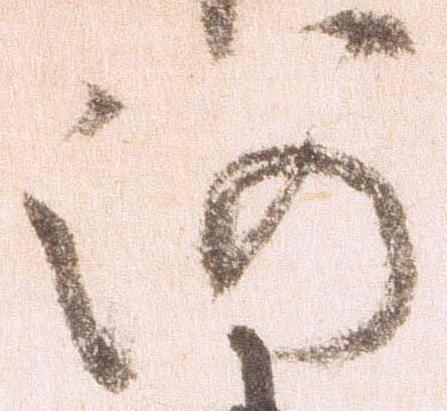
河